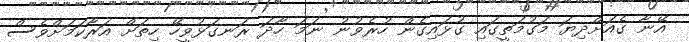
އޭނާ ގެއަށްދިޔަ މަގުމަތީގައި ގުޅައިގެން ހުރެވުނު ނަމަ ހާދަ ރަނގަޅުވީހޭ ހިތަށް އަރާކަމަށްވެސް